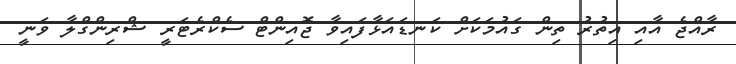
ރާއްޖެ އާއި އިތުރު ތިން ގައުމަކަށް ކަނޑައަޅާފައިވާ ޖޮއިންޓް ސެކްރެޓަރީ ޝްރިންގްލާ ވަނީ